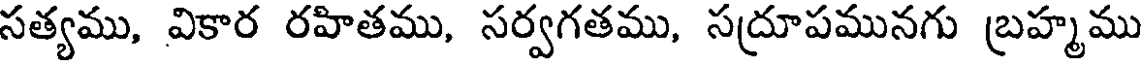
సత్యము, వికార రహితము, సర్వగతము, సద్రూపమునగు బ్రహ్మము